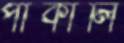
পাকালি